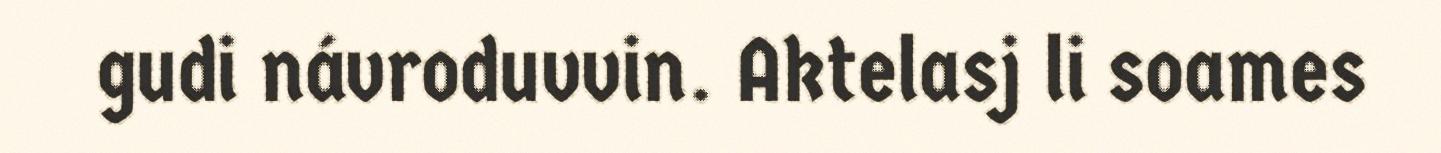
gudi návroduvvin. Aktelasj li soames